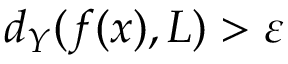
d _ { Y } ( f ( x ) , L ) > \varepsilon